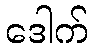
ဒေါက်